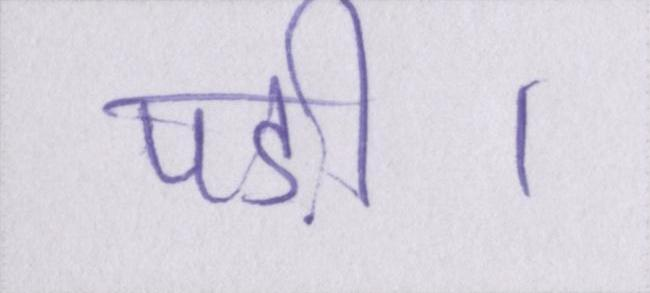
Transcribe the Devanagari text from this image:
पड़ी।